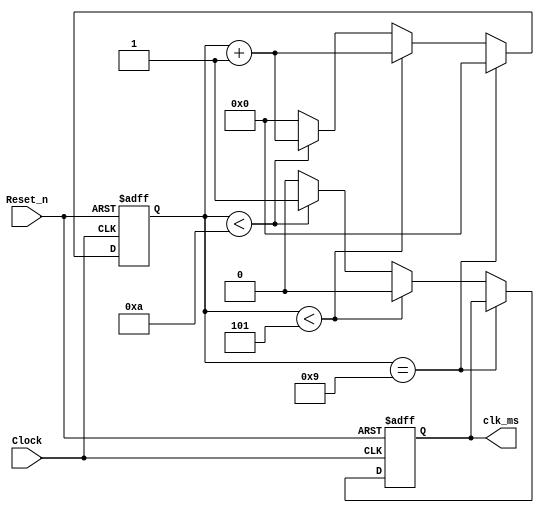
module clock_divider (input Clock, Reset_n, output reg clk_ms);
//*** MK *** //
	
	parameter factor= 10;//50000; //10; //50000; // 32'h000061a7;
	reg [31:0] countQ;
	always @ (posedge Clock, negedge Reset_n) begin
		if (!Reset_n) begin
		/* fill in your code here */
			countQ = 32'b0;
			clk_ms <= 1'b0;
		end 
		
		else if (countQ == (factor-1)) begin
			countQ <= 32'b0;
		end
		
		else begin
			
			if (countQ< (factor/2)) 
			begin
				clk_ms <= 1'b0;
				countQ <= countQ+1'b1;
			end 
			
			else if (countQ<factor) 
			begin
				clk_ms <= 1'b1;
				countQ <= countQ+1'b1;
			end
	
			else //countQ==factor 
			begin
				countQ <= 1'b0;
				clk_ms <= 1'b0;
			end
			
		end
		
	end
	
endmodule